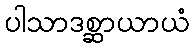
ပါသာဒစ္ဆာယာယံ